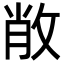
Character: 𢽐